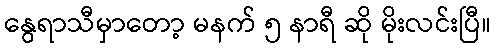
နွေရာသီမှာတော့ မနက် ၅ နာရီ ဆို မိုးလင်းပြီ။